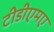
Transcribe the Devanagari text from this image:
टीडीएमए